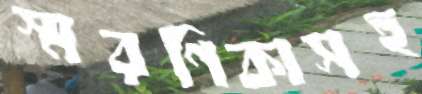
স্মরণিকাসহ